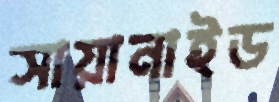
সায়ানাইড